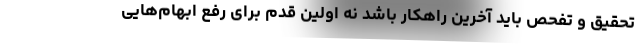
تحقیق و تفحص باید آخرین راهکار باشد نه اولین قدم برای رفع ابهام‌هایی